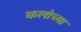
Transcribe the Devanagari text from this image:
कलांच्‍या